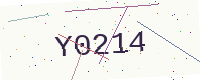
Text: Y0214